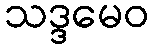
သဒ္ဒမေဝ